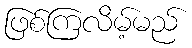
ဖြစ်ကြလိမ့်မည်